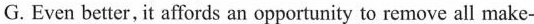
G. Even better, it affords an opportunity to remove all make-